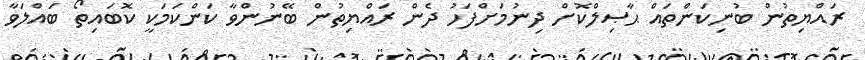
ރައްޔިތުން ބުނިކަންތައް ޙާޞިލްކޮށް ދިނުމަށްފަހު ދެން ރައްޔިތުން ބޭނުންވާ ކަންކަމަކީ ކޮބައިތޯ ބައްލަވާ